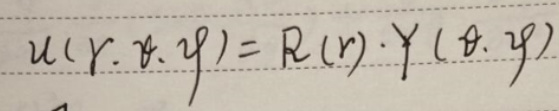
\[u(r,\theta,\varphi)=R(r)\cdot Y(\theta,\varphi)\]